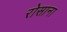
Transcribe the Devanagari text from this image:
रोसाना